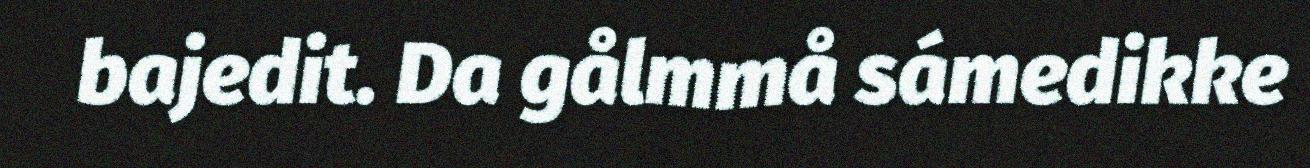
bajedit. Da gålmmå sámedikke